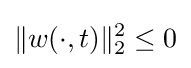
\|w(\cdot ,t)\|_{2}^{2}\leq 0